Indian journal of veterinary science and animal husbandry - Volumes 18-21, 1948-1951
Year: 1948
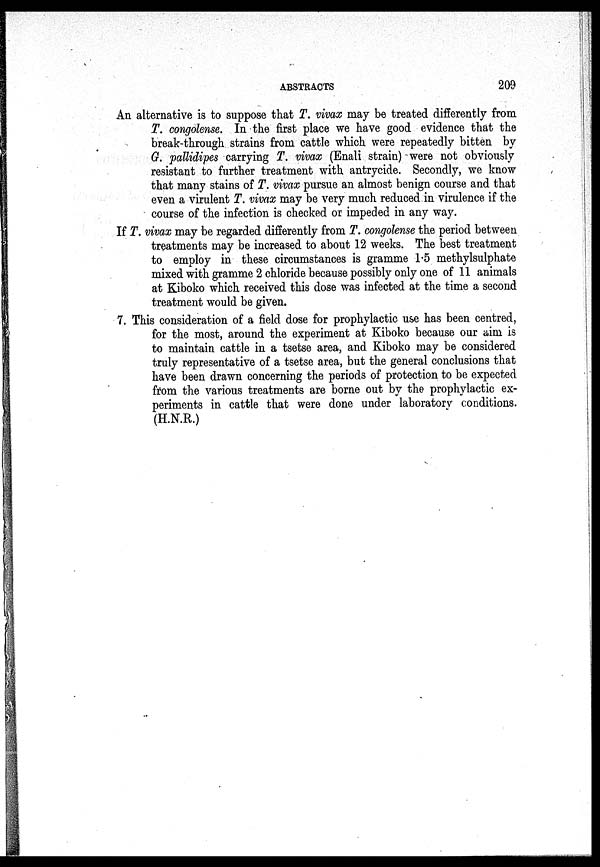
ABSTRACTS
209
An alternative is to suppose that T. vivax may be treated differently from
T. congolense. In the first place we have good evidence that the
break-through strains from cattle which were repeatedly bitten by
G. pallidipes carrying T. vivax (Enali strain) were not obviously
resistant to further treatment with antrycide. Secondly, we know
that many stains of T. vivax pursue an almost benign course and that
even a virulent T. vivax may be very much reduced in virulence if the
course of the infection is checked or impeded in any way.
If T. vivax may be regarded differently from T. congolense the period between
treatments may be increased to about 12 weeks. The best treatment
to employ in these circumstances is gramme 1.5 methylsulphate
mixed with gramme 2 chloride because possibly only one of 11 animals
at Kiboko which received this dose was infected at the time a second
treatment would be given.
7. This consideration of a field dose for prophylactic use has been centred,
for the most, around the experiment at Kiboko because our aim is
to maintain cattle in a tsetse area, and Kiboko may be considered
truly representative of a tsetse area, but the general conclusions that
have been drawn concerning the periods of protection to be expected
from the various treatments are borne out by the prophylactic ex-
periments in cattle that were done under laboratory conditions.
(H.N.R.)